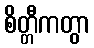
စိတ္တီကတွာ